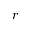
r